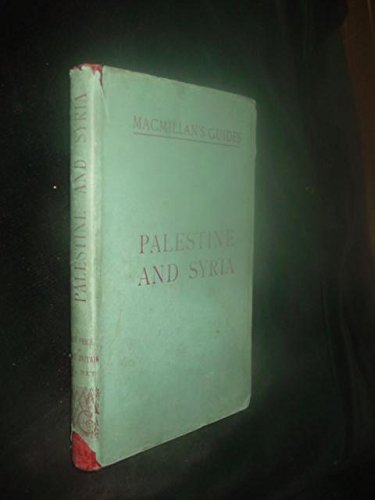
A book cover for Guide to Palestine and Syria: With Thirteen Maps and Six Plans; MacMillan's Guides; Travel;